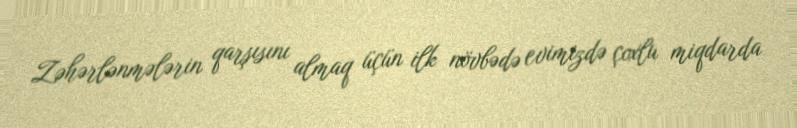
Zəhərlənmələrin qarşısını almaq üçün ilk növbədə evimizdə çoxlu miqdarda